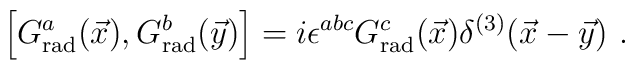
\left[ G_{\rm rad}^{a}(\vec{x}), G_{\rm rad}^{b}(\vec{y}) \right] =i \epsilon^{abc} G_{\rm rad}^{c}(\vec{x}) \delta^{(3)}(\vec{x}-\vec{y}) \ .